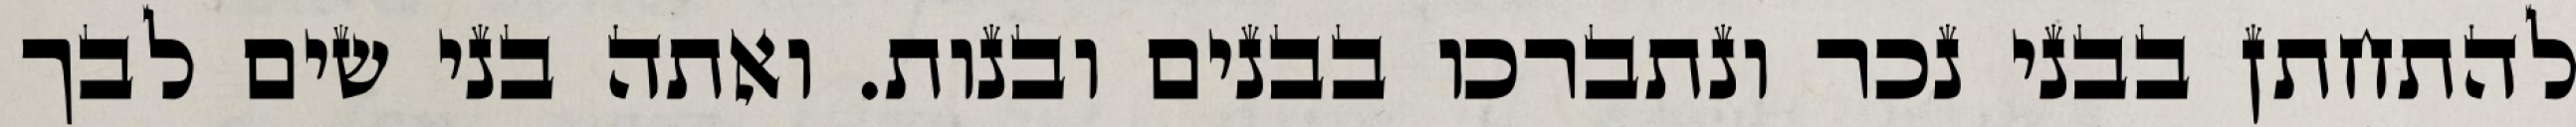
להתחתן בבני נכר ונתברכו בבנים ובנות. ואתה בני שים לבך